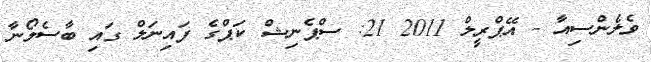
ވެލެންސިއާ - އޭޕްރީލް 2011 21: ސްޕެނިޝް ކަޕްގެ ފައިނަލް ގައި ބާސެލޯނާ